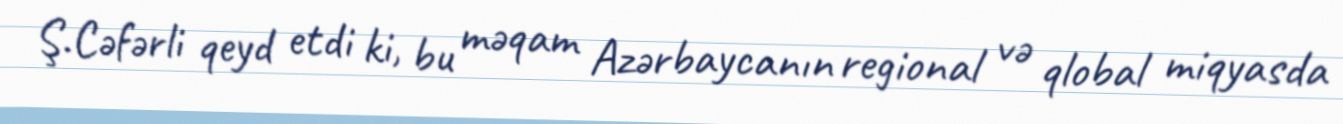
Ş.Cəfərli qeyd etdi ki, bu məqam Azərbaycanın regional və qlobal miqyasda